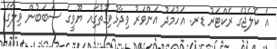
އެ ކޮލެޖުގެ ރެކްޓަރު ޑރ. އަހުމަދު އަންވަރު ވިދާޅުވިގޮތުގަިއ ޔޫވީގެ ސަބަބުން ވިލާގެ